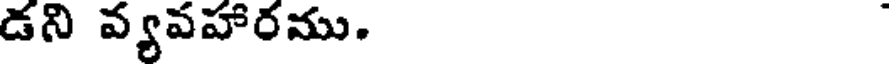
డని వ్యవహారము.